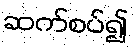
ဆက်စပ်၍